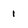
Character: 1